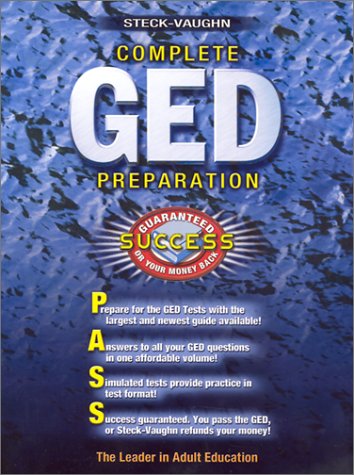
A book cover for Complete GED Preparation; Ellen Northcutt; Test Preparation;